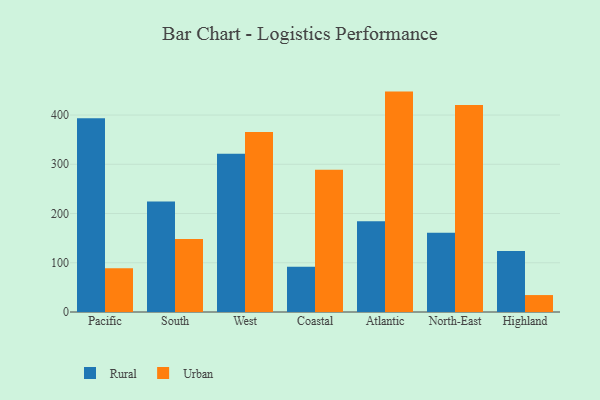
{"axis": {"x": "Region", "y": "Latency (ms)"}, "legend": ["Rural", "Urban"], "data": [{"x": "Pacific", "y": 393.5, "type": "Rural"}, {"x": "Pacific", "y": 88.9, "type": "Urban"}, {"x": "South", "y": 224.6, "type": "Rural"}, {"x": "South", "y": 148.4, "type": "Urban"}, {"x": "West", "y": 321.4, "type": "Rural"}, {"x": "West", "y": 365.5, "type": "Urban"}, {"x": "Coastal", "y": 92.1, "type": "Rural"}, {"x": "Coastal", "y": 289.1, "type": "Urban"}, {"x": "Atlantic", "y": 184.4, "type": "Rural"}, {"x": "Atlantic", "y": 447.6, "type": "Urban"}, {"x": "North-East", "y": 161.1, "type": "Rural"}, {"x": "North-East", "y": 420.3, "type": "Urban"}, {"x": "Highland", "y": 123.9, "type": "Rural"}, {"x": "Highland", "y": 34.4, "type": "Urban"}]}